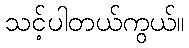
သင့်ပါတယ်ကွယ်။